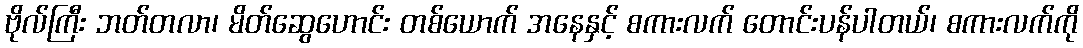
ဗိုလ်ကြီး ဘတ်တလာ၊ မိတ်ဆွေဟောင်း တစ်ယောက် အနေနှင့် စကားလက် တောင်းပန်ပါတယ်၊ စကားလက်ကို